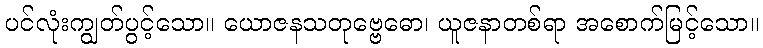
ပင်လုံးကျွတ်ပွင့်သော။ ယောဇနသတုဗ္ဗေဓော၊ ယူဇနာတစ်ရာ အစောက်မြင့်သော။